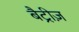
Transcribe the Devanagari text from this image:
बैट्रीज़